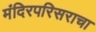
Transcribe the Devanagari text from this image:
मंदिरपरिसराचा